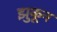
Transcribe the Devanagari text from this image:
झुकून